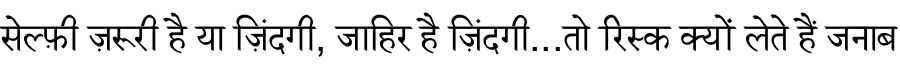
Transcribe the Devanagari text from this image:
सेल्फ़ी ज़रूरी है या ज़िंदगी, जाहिर है ज़िंदगी...तो रिस्क क्यों लेते हैं जनाब